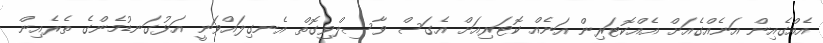
އެއްގެއިން އަނެއްގެއަށް އެއްކޮޓަރިން އަނެއް ކޮޓަރިއަށް އެގަސް ވާސިލްވިގޮތް އެނގިލައްވަނީ އަޅުގަނޑުމެންގެ ތެރެއިން